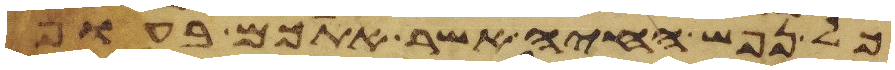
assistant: כל נפש החיה אשר אתכם בעוף